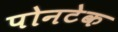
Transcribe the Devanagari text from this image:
पोनटेक